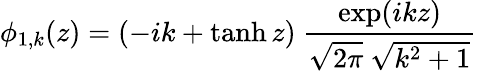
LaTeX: \phi_{1,k}(z)=\left(-ik+\operatorname{tanh}z\right)\ {\frac{\exp(ikz)}{\sqrt{2\pi}\ \sqrt{k^{2}+1}}}